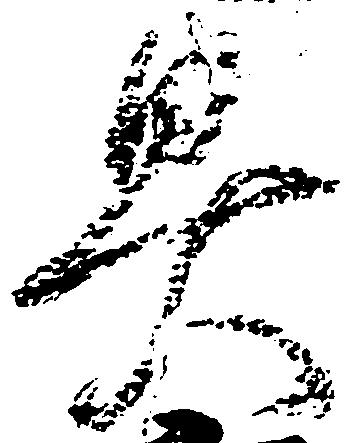
具